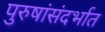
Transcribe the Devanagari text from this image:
पुरुषांसंदर्भात